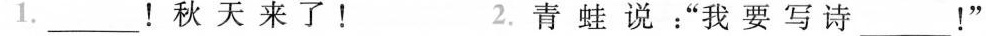
1.____！秋天来了！ 2.青蛙说：”我要写诗___！”